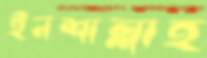
ইনশাল্লাহ